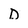
Character: D